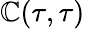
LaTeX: \mathbb{C}(\tau,\tau)